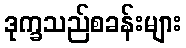
ဒုက္ခသည်စခန်းများ